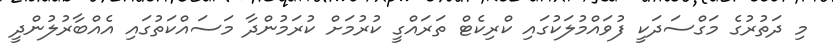
މި ދަތުރުގެ މަގްސަދަކީ ފުވައްމުލަކުގައި ކްރިކެޓް ތަރައްގީ ކުރުމަށް ކުރަމުންދާ މަސައްކަތުގައި އެއްބާރުލުންދީ